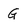
Character: G